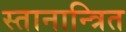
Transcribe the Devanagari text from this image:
स्तानान्त्रित